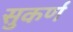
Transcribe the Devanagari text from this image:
सुकर्ण